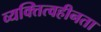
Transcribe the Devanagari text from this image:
व्यक्तित्वहीनता